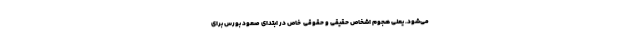
می‌شود. یعنی هجوم اشخاص حقیقی و حقوقی ِ خاص در ابتدای صعود بورس برای